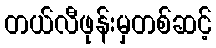
တယ်လီဖုန်းမှတစ်ဆင့်